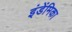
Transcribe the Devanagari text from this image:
इंडेंमिका